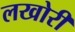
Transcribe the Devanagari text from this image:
लखोरी